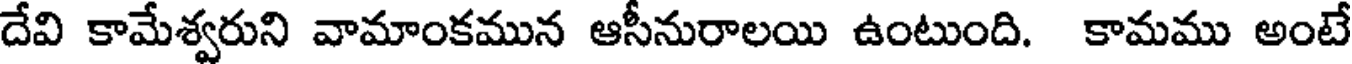
దేవి కామేశ్వరుని వామాంకమున ఆసీనురాలయి ఉంటుంది. కామము అంటే